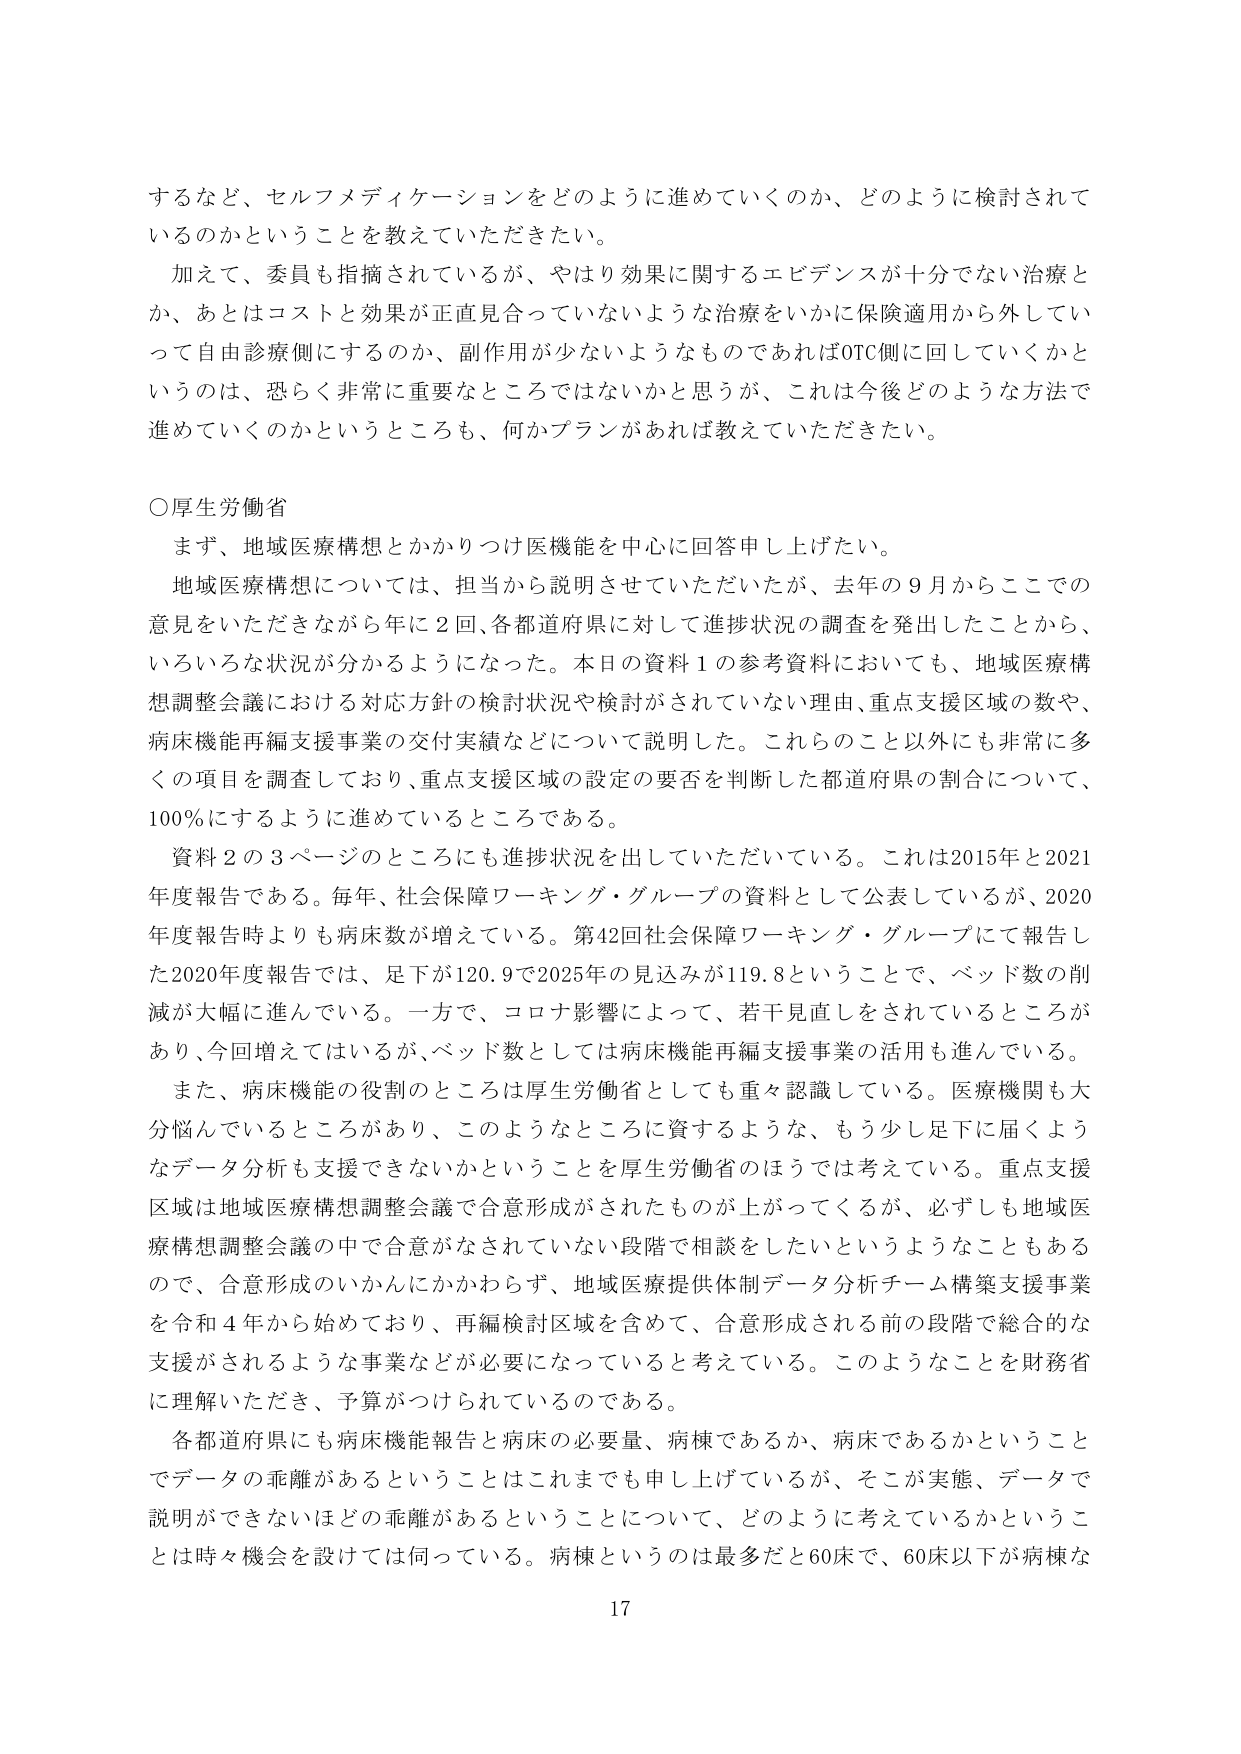
するなど、セルフメディケーションをどのように進めていくのか、どのように検討されて
いるのかということを教えていただきたい。
加えて、委員も指摘されているが、やはり効果に関するエビデンスが十分でない治療と
か、あとはコストと効果が正直見合っていないような治療をいかに保険適用から外してい
って自由診療側にするのか、副作用が少ないようなものであればOTC側に回していくかと
いうのは、恐らく非常に重要なところではないかと思うが、これは今後どのような方法で
進めていくのかというところも、何かプランがあれば教えていただきたい。

〇厚生労働省
まず、地域医療構想とかかりつけ医機能を中心に回答申し上げたい。
地域医療構想については、担当から説明させていただいたが、去年の９月からここでの
意見をいただきながら年に２回、各都道府県に対して進捗状況の調査を発出したことから、
いろいろな状況が分かるようになった。本日の資料１の参考資料においても、地域医療構
想調整会議における対応方針の検討状況や検討がされていない理由、重点支援区域の数や、
病床機能再編支援事業の交付実績などについて説明した。これらのこと以外にも非常に多
くの項目を調査しており、重点支援区域の設定の要否を判断した都道府県の割合について、
100％にするように進めているところである。
資料２の３ページのところにも進捗状況を出していただいている。これは2015年と2021
年度報告である。毎年、社会保障ワーキング・グループの資料として公表しているが、2020
年度報告時よりも病床数が増えている。第42回社会保障ワーキング・グループにて報告し
た2020年度報告では、足下が120.9で2025年の見込みが119.8ということで、ベッド数の削
減が大幅に進んでいる。一方で、コロナ影響によって、若干見直しをされているところが
あり、今回増えてはいるが、ベッド数としては病床機能再編支援事業の活用も進んでいる。
また、病床機能の役割のところは厚生労働省としても重々認識している。医療機関も大
分悩んでいるところがあり、このようなところに資するような、もう少し足下に届くよう
なデータ分析も支援できないかということを厚生労働省のほうでは考えている。重点支援
区域は地域医療構想調整会議で合意形成がされたものが上がってくるが、必ずしも地域医
療構想調整会議の中で合意がなされていない段階で相談をしたいというようなこともある
ので、合意形成のいかんにかかわらず、地域医療提供体制データ分析チーム構築支援事業
を令和４年から始めており、再編検討区域を含めて、合意形成される前の段階で総合的な
支援がされるような事業などが必要になっていると考えている。このようなことを財務省
に理解いただき、予算がつけられているのである。
各都道府県にも病床機能報告と病床の必要量、病棟であるか、病床であるかということ
でデータの乖離があるということはこれまでも申し上げているが、そこが実態、データで
説明ができないほどの乖離があるということについて、どのように考えているかというこ
とは時々機会を設けては伺っている。病棟というのは最多だと60床で、60床以下が病棟な

17